Report of cholera committee
Disease focus: Cholera
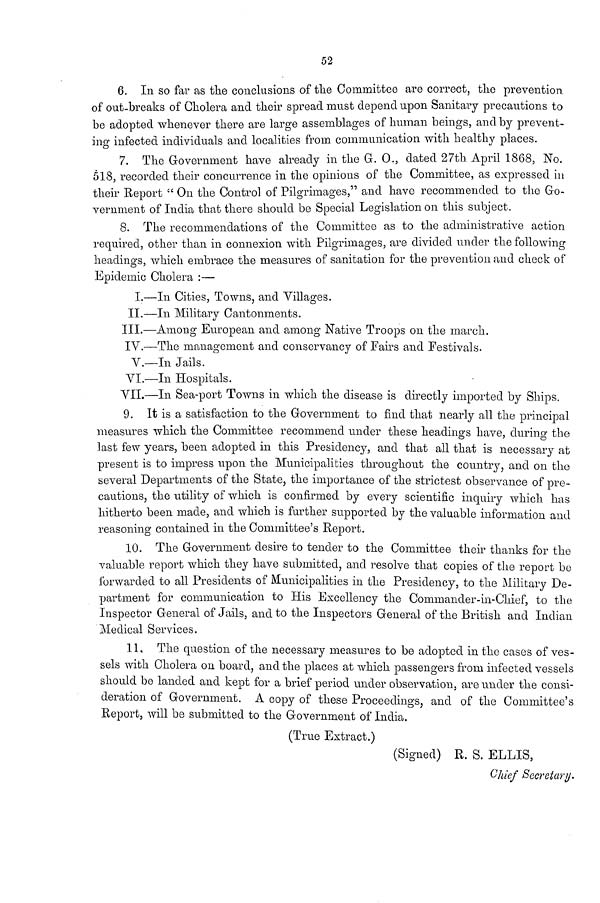
52
6. In so far as the conclusions of the Committee are correct, the prevention,
of out-breaks of Cholera and their spread must depend upon Sanitary precautions to
be adopted whenever there are large assemblages of human beings, and by prevent-
ing infected individuals and localities from communication with healthy places.
7. The Government have already in the G. O., dated 27th April 1868, No.
518, recorded their concurrence in the opinions of the Committee, as expressed in
their Report " On the Control of Pilgrimages," and have recommended to the Go-
vernment of India that there should be Special Legislation on this subject.
8. The recommendations of the Committee as to the administrative action
required, other than in connexion with Pilgrimages, are divided under the following
headings, which embrace the measures of sanitation for the prevention and check of
Epidemic Cholera :—
I.—In Cities, Towns, and Tillages.
II.—In Military Cantonments.
III.—Among European and among Native Troops on the march.
IV.—The management and conservancy of Fairs and Festivals.
V.—In Jails.
VI.—In Hospitals.
VII.—In Sea-port Towns in which the disease is directly imported by Ships.
9. It is a satisfaction to the Government to find that nearly all the principal
measures which the Committee recommend under these headings have, during the
last few years, been adopted in this Presidency, and that all that is necessary at
present is to impress upon the Municipalities throughout the country, and on the
several Departments of the State, the importance of the strictest observance of pre-
cautions, the utility of which is confirmed by every scientific inquiry which has
hitherto been made, and which is further supported by the valuable information and
reasoning contained in the Committee's Report.
10. The Government desire to tender to the Committee their thanks for the
valuable report which they have submitted, and resolve that copies of the report be
forwarded to all Presidents of Municipalities in the Presidency, to the Military De-
partment for communication to His Excellency the Commander-in-Chief, to the
Inspector General of Jails, and to the Inspectors General of the British and Indian
Medical Services.
11. The question of the necessary measures to be adopted in the cases of ves-
sels with Cholera on board, and the places at which passengers from infected vessels
should be landed and kept for a brief period under observation, are under the consi-
deration of Government. A copy of these Proceedings, and of the Committee's
Report, will be submitted to the Government of India.
(True Extract.)
(Signed) R. S. ELLIS,
Chief Secreta?'!/.